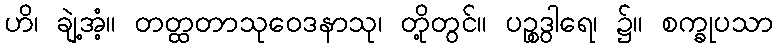
ဟိ၊ ချဲ့အံ့။ တတ္ထတာသုဝေဒနာသု၊ တို့တွင်။ ပဉ္စဒွါရေ၊ ၌။ စက္ခုပသာ